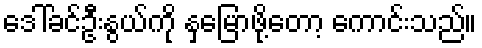
ဒေါ်ခင်ဦးနွယ်ကို နှမြောဖို့တော့ ကောင်းသည်။